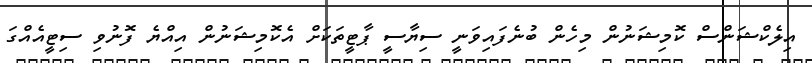
އިލެކްޝަންސް ކޮމިޝަނުން މިހެން ބުނެފައިވަނީ ސިޔާސީ ޕާޓީތަކަށް އެކޮމިޝަނުން އިއްޔެ ފޮނުވި ސިޓީއެއްގަ